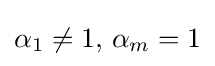
\alpha _{1}\neq 1,\,\alpha _{m}=1